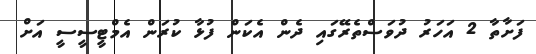
ފަށާތާ 2 އަހަރު ދުވަސްތެރޭގައި ދެން އެކަން ފުޅާ ކުރަން އެމްޓީސީސީ އަށް